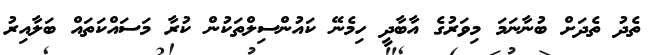
ތެދު ތެދަށް ބުނާނަމަ މިވަރުގެ އާބާދީ ހިމެނޭ ކައުންސިލްތަކުން ކުރާ މަސައްކަތައް ބަލާއިރު